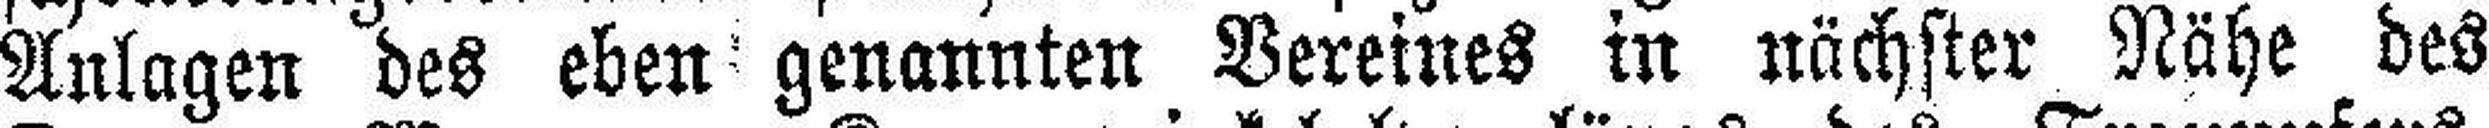
Anlagen des eben genannten Vereines in nächster Nähe des